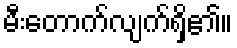
မီးတောက်လျက်ရှိ၏။